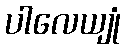
ပါလေယျုံ